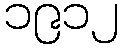
၁၉၁၂